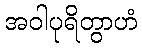
အဝါပုရိတွာဟံ